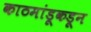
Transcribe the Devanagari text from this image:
काठमांडूकडून